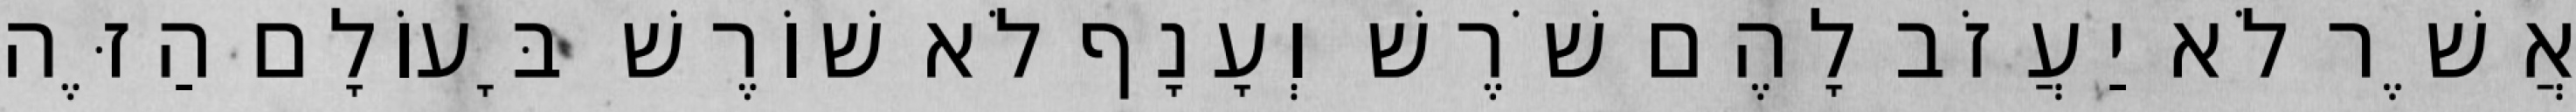
אֲשֶׁר לֹא יַעֲזֹב לָהֶם שֹׁרֶשׁ וְעָנָף לֹא שׁוֹרֶשׁ בָּעוֹלָם הַזֶּה